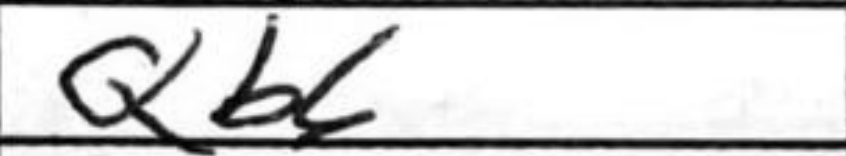
Transcription: Qb6